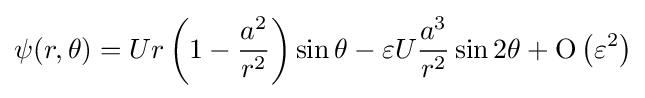
\psi (r,\theta )=Ur\left(1-{\frac {a^{2}}{r^{2}}}\right)\sin \theta -\varepsilon U{\frac {a^{3}}{r^{2}}}\sin 2\theta +\mathrm {O} \left(\varepsilon ^{2}\right)